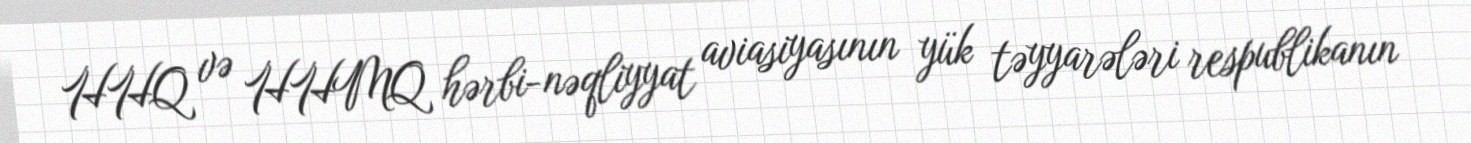
HHQ və HHMQ hərbi-nəqliyyat aviasiyasının yük təyyarələri respublikanın